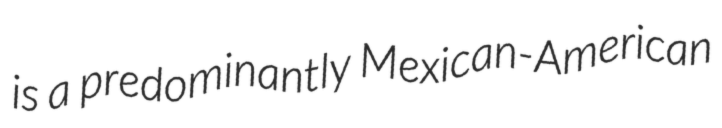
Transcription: is a predominantly Mexican-American